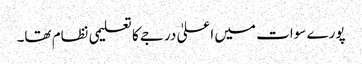
پورے سوات میں اعلیٰ درجے کا تعلیمی نظام تھا۔